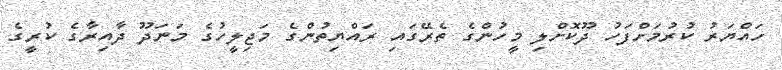
ހައްޔަރު ކުރުމަށްފަހު ދޫކޮށްލި މީހުންގެ ތެރޭގައި ރައްޔިތުންގެ މަޖިލީހުގެ މަނަދޫ ދާއިރާގެ ކުރީގެ